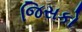
જિસકો